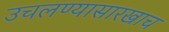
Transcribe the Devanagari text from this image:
उचलण्यासारखाच